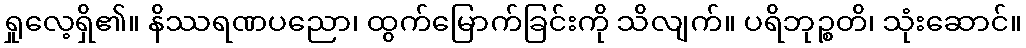
ရှုလေ့ရှိ၏။ နိဿရဏပညော၊ ထွက်မြောက်ခြင်းကို သိလျက်။ ပရိဘုဉ္စတိ၊ သုံးဆောင်။